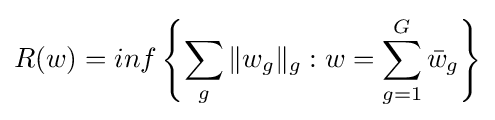
R(w)=inf\left\{\sum _{g}\|w_{g}\|_{g}:w=\sum _{g=1}^{G}{\bar {w}}_{g}\right\}